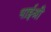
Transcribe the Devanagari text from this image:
भाईश्री